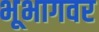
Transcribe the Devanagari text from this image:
भूभागवर